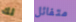
لك متفائل